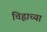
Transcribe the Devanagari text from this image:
चिह्नाच्या